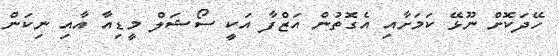
ހޭދަކޮށް ނޫޅޭ ކަމަށާއި އެގޮތުން އަޒްފާ އަކީ ސޯޝަލް މީޑިއާ އާއި ނިކަން